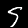
Digit: 5